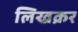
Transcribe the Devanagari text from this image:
लिख्रक्रर